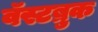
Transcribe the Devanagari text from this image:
वॅस्टब्रुक